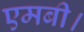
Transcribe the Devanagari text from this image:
एमबी।